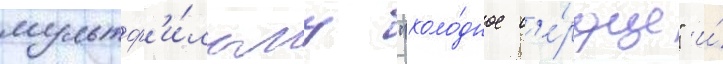
мультф'и́льму "холо́дное с'е́рдце" и́